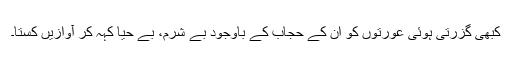
کبھی گزرتی ہوئی عورتوں کو ان کے حجاب کے باوجود بے شرم، بے حیا کہہ کر آوازیں کستا۔